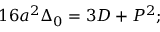
1 6 a ^ { 2 } \Delta _ { 0 } = 3 D + P ^ { 2 } ;